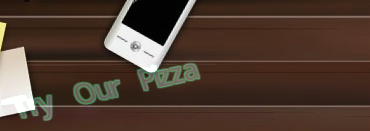
Try Our Pizza